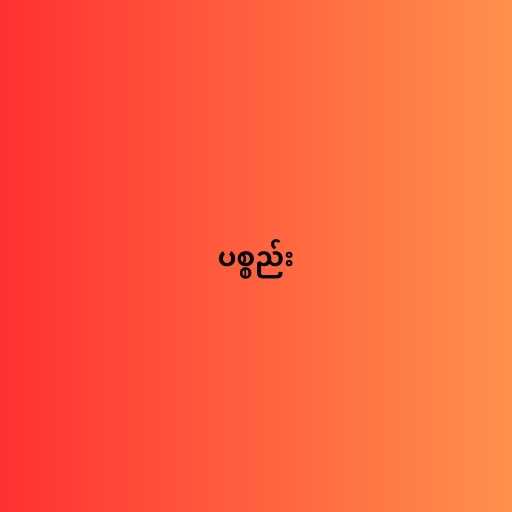
ပစ္စည်း